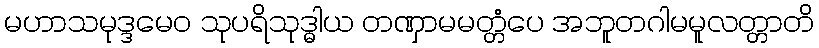
မဟာသမုဒ္ဒမေဝ သုပရိသုဒ္ဓါယ တဏှာမမတ္တံပေ အဘူတဂါမမူလတ္တာတိ